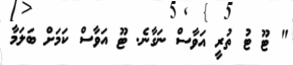
" ޓޫ ޓު ތުރީ އަވާސް ނަގާނެ. ޓޫ އަވާސް ކަމަށް ބަލަމާ